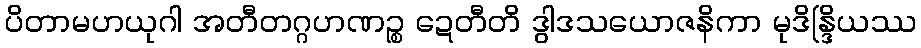
ပိတာမဟယုဂါ အတီတဂ္ဂဟဏဉ္စ ဍေတီတိ ဒွါဒသယောဇနိကာ မုဒိန္ဒြိယဿ